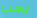
يجب